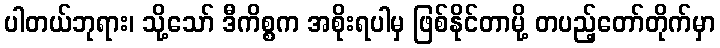
ပါတယ်ဘုရား၊ သို့သော် ဒီကိစ္စက အစိုးရပါမှ ဖြစ်နိုင်တာမို့ တပည့်တော်တိုက်မှာ